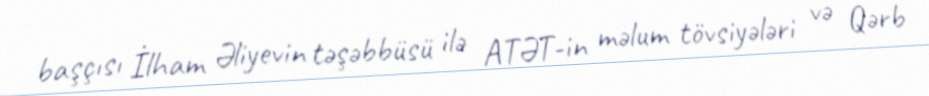
başçısı İlham Əliyevin təşəbbüsü ilə ATƏT-in məlum tövsiyələri və Qərb